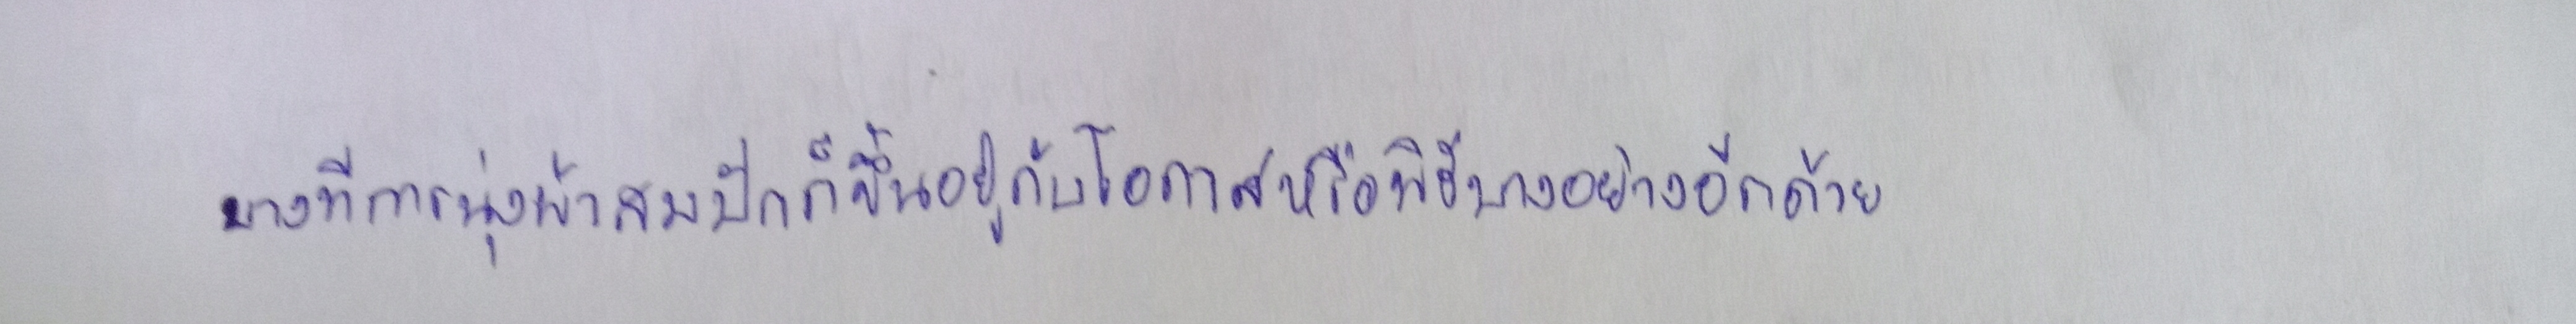
บางทีการนุ่งผ้าสมปักก็ขึ้นอยู่กับโอกาสหรือพิธีบางอย่างอีกด้วย